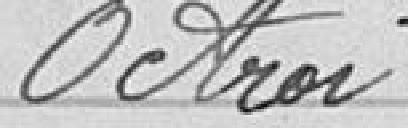
Octroi.